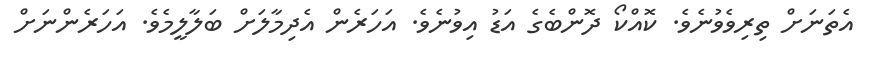
އެތަނަށް ތިރިވެވުނެވެ. ކޮއްކޯ ދޮންބެގެ އަޑު އިވުނެވެ. އަހަރެން އެދިމާލަށް ބަލާލީމެވެ. އަހަރެންނަށް